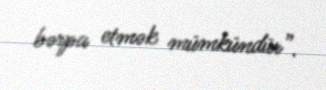
bərpa etmək mümkündür”.